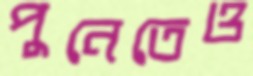
পুনেতেও